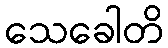
သေခေါတိ